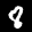
Label: 8